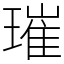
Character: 璀